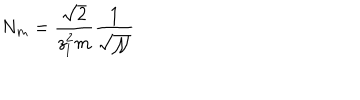
N _ { m } = \frac { \sqrt { 2 } } { z _ { l } ^ { 2 } m } \frac { 1 } { \sqrt { \mathcal { N } } }